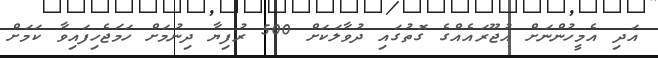
އަދި އެމީހުންނަށް އުޖޫރައެއްގެ ގޮތުގައި ދުވާލަކަށް 500 ރުފިޔާ ދިނުމަށް ހަމަޖެހިފައިވާ ކަމަށް